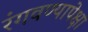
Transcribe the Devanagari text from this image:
रंगवण्यापेक्षा